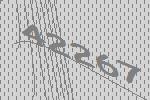
42267